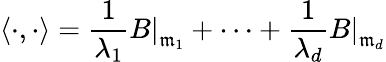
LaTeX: \langle\cdot,\cdot\rangle={\frac{1}{\lambda_{1}}}\left.B\right|_{{\mathfrak{m}}_{1}}+\cdots+{\frac{1}{\lambda_{d}}}\left.B\right|_{{\mathfrak{m}}_{d}}